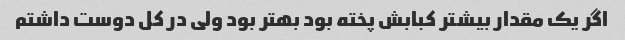
اگر یک مقدار بیشتر کبابش پخته بود بهتر بود ولی در کل دوست داشتم